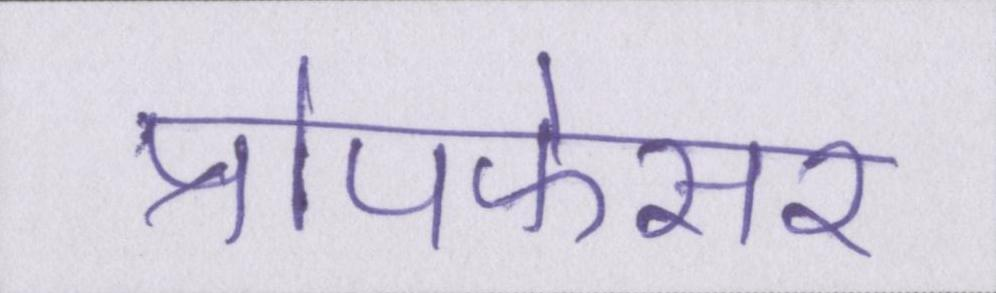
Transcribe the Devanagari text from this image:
प्रोपफेसर